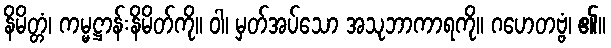
နိမိတ္တံ၊ ကမ္မဋ္ဌာန်းနိမိတ်ကို။ ဝါ၊ မှတ်အပ်သော အသုဘာကာရကို။ ဂဟေတဗ္ဗံ၊ ၏။